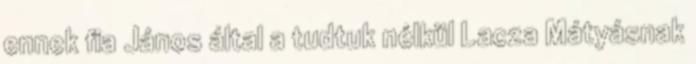
ennek fia János által a tudtuk nélkül Lacza Mátyásnak